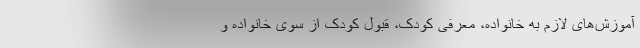
آموزش‌های لازم به خانواده، معرفی کودک، قبول کودک از سوی خانواده و